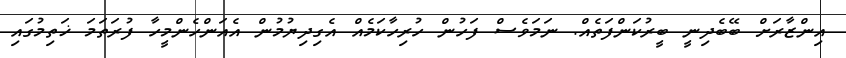
އިންޒާރަށް ބޭބެދިނީ ބީރުކަންފަތެއް. ނަމަވެސް ފަހުން ހުރިހާކަމެއް އެގިދިޔުމުން އެއަންހެންމީހާ ފުރަތަމަ ޚަތިމުގައި